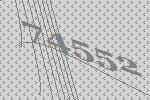
74552